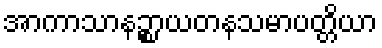
အာကာသာနဉ္စာယတနသမာပတ္တိယာ